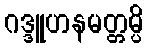
ဂဒ္ဒူဟနမတ္တမ္ပိ